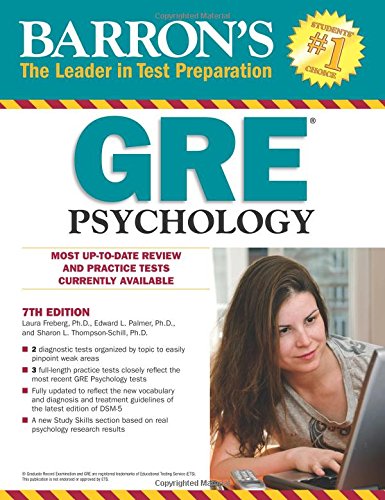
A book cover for Barron's GRE Psychology, 7th Edition; Laura Freberg; Test Preparation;